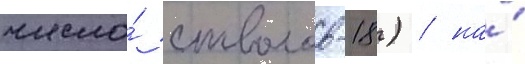
число́ стволов-18) / на́